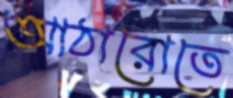
আঠারোতে